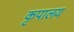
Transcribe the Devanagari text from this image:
कृपालय